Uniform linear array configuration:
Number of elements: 12
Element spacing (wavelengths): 1
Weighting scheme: kaiser
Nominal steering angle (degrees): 30
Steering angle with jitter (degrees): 31.982
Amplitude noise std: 0.05
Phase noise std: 0.05

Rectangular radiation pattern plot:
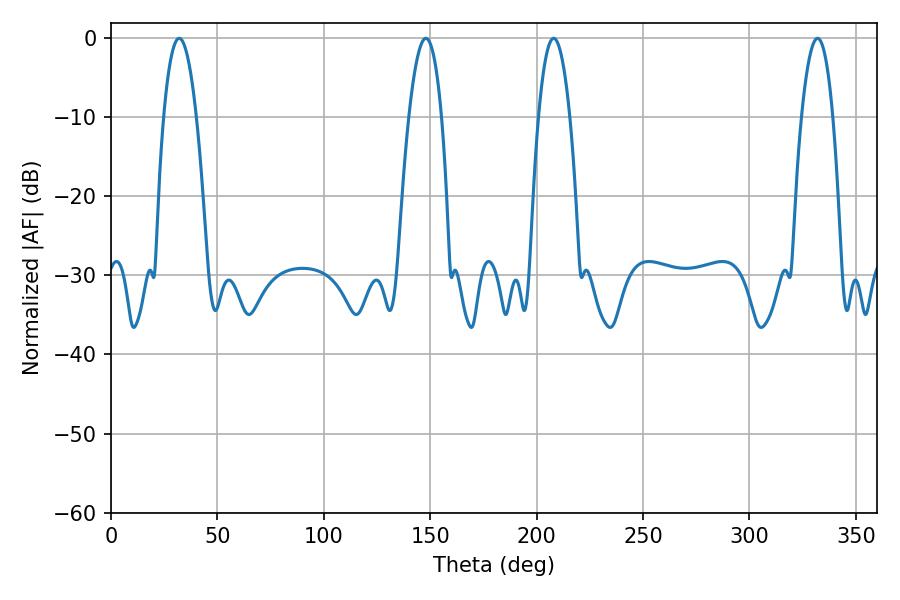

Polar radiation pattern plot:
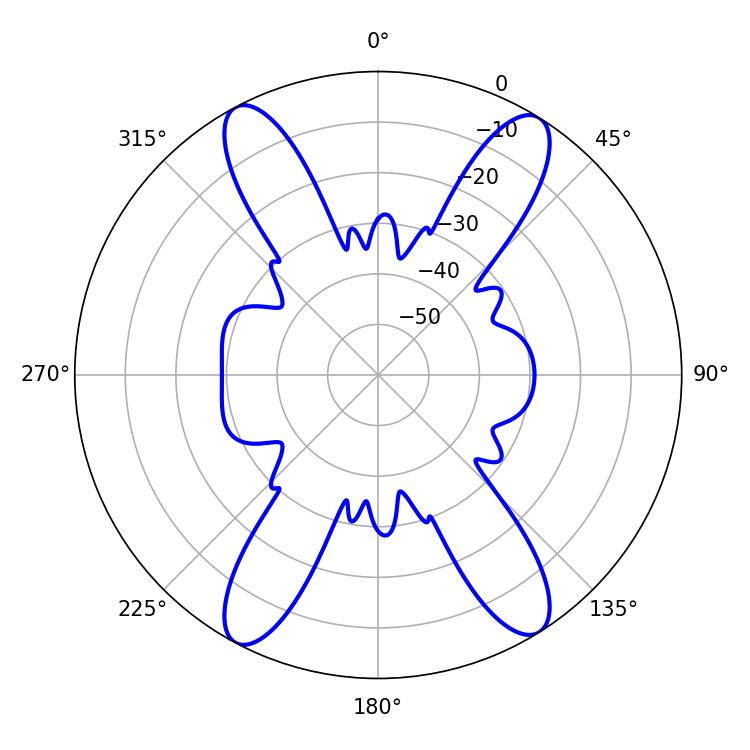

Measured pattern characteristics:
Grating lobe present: TRUE
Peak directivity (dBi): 18.935
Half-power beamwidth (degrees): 8.46
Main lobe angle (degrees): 32.04